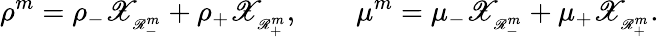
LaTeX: \rho^{m}=\rho_{-}\mathscr{X}_{_{\mathscr{R}_{-}^{m}}}+\rho_{+}\mathscr{X}_{_{\mathscr{R}_{+}^{m}}},\qquad\mu^{m}=\mu_{-}\mathscr{X}_{_{\mathscr{R}_{-}^{m}}}+\mu_{+}\mathscr{X}_{_{\mathscr{R}_{+}^{m}}}.